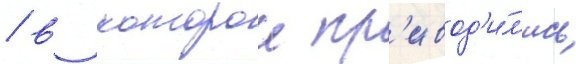
/ в которои пр'ивод'и́л'ись